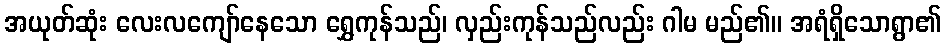
အယုတ်ဆုံး လေးလကျော်နေသော ရွှေကုန်သည်၊ လှည်းကုန်သည်လည်း ဂါမ မည်၏။ အရံရှိသောရွာ၏